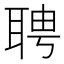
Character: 聘